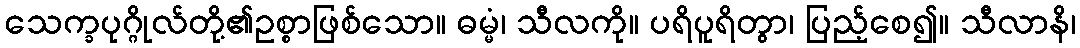
သေက္ခပုဂ္ဂိုလ်တို့၏ဥစ္စာဖြစ်သော။ ဓမ္မံ၊ သီလကို။ ပရိပူရိတွာ၊ ပြည့်စေ၍။ သီလာနိ၊